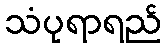
သံပုရာရည်